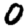
Digit: 0